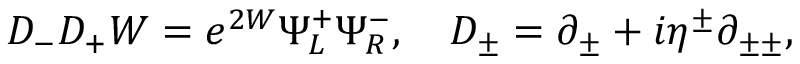
D _ { - } D _ { + } W = e ^ { 2 W } \Psi _ { L } ^ { + } \Psi _ { R } ^ { - } , ~ ~ ~ D _ { \pm } = \partial _ { \pm } + i \eta ^ { \pm } \partial _ { \pm \pm } ,